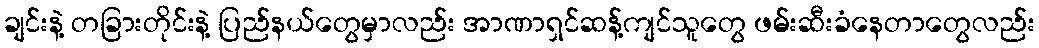
ချင်းနဲ့ တခြားတိုင်းနဲ့ ပြည်နယ်တွေမှာလည်း အာဏာရှင်ဆန့်ကျင်သူတွေ ဖမ်းဆီးခံနေတာတွေလည်း